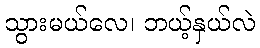
သွားမယ်လေ၊ ဘယ့်နှယ်လဲ